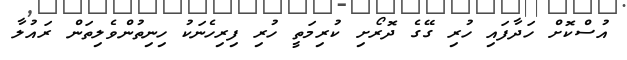
އުސްކޮށް ހަދާފައި ހުރި ގޭގެ ދޮރޯށި ކުރިމަތީ ހުރި ފިރިހެނަކު ހިނިތުންވެލިތަން ރައުލާ